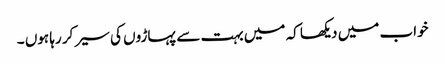
خواب میں دیکھا کہ میں بہت سے پہاڑوں کی سیر کر رہا ہوں ۔